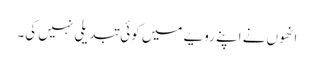
انھوں نے اپنے رویے میں کوئی تبدیلی نہیں کی۔